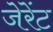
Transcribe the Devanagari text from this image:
जेरेंट